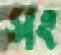
সং